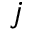
j